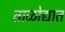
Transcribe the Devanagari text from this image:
ताळोद्यात